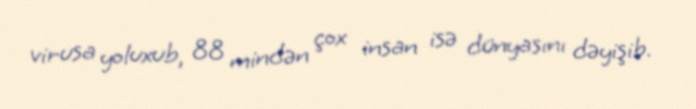
virusa yoluxub, 88 mindən çox insan isə dünyasını dəyişib.